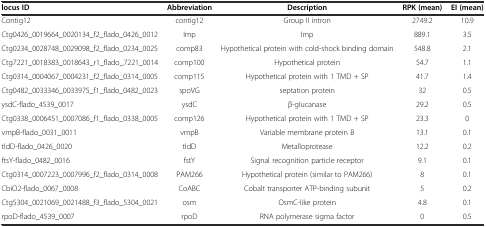
<table><thead><tr><td><b>locus ID</b></td><td><b>Abbreviation</b></td><td><b>Description</b></td><td><b>RPK (mean)</b></td><td><b>EI (mean)</b></td></tr></thead><tbody><tr><td>Contig12</td><td>contig12</td><td>Group II intron</td><td>2749.2</td><td>10.9</td></tr><tr><td>Ctg0426_0019664_0020134_f2_flado_0426_0012</td><td>Imp</td><td>Imp</td><td>889.1</td><td>3.5</td></tr><tr><td>Ctg0234_0028748_0029098_f2_flado_0234_0025</td><td>comp83</td><td>Hypothetical protein with cold-shock binding domain</td><td>548.8</td><td>2.1</td></tr><tr><td>Ctg7221_0018383_0018643_r1_flado_7221_0014</td><td>comp100</td><td>Hypothetical protein</td><td>54.7</td><td>1.1</td></tr><tr><td>Ctg0314_0004067_0004231_f2_flado_0314_0005</td><td>comp115</td><td>Hypothetical protein with 1 TMD + SP</td><td>41.7</td><td>1.4</td></tr><tr><td>Ctg0482_0033346_0033975_f1_flado_0482_0023</td><td>spoVG</td><td>septation protein</td><td>32</td><td>0.5</td></tr><tr><td>ysdC-flado_4539_0017</td><td>ysdC</td><td>β-glucanase</td><td>29.2</td><td>0.5</td></tr><tr><td>Ctg0338_0006451_0007086_f1_flado_0338_0005</td><td>comp126</td><td>Hypothetical protein with 1 TMD + SP</td><td>23.3</td><td>0</td></tr><tr><td>vmpB-flado_0031_0011</td><td>vmpB</td><td>Variable membrane protein B</td><td>13.1</td><td>0.1</td></tr><tr><td>tldD-flado_0426_0020</td><td>tldD</td><td>Metalloprotease</td><td>12.2</td><td>0.2</td></tr><tr><td>ftsY-flado_0482_0016</td><td>fstY</td><td>Signal recognition particle receptor</td><td>9.1</td><td>0.1</td></tr><tr><td>Ctg0314_0007223_0007996_f2_flado_0314_0008</td><td>PAM266</td><td>Hypothetical protein (similar to PAM266)</td><td>8</td><td>0.1</td></tr><tr><td>CbiO2-flado_0067_0008</td><td>CoABC</td><td>Cobalt transporter ATP-binding subunit</td><td>5</td><td>0.2</td></tr><tr><td>Ctg5304_0021069_0021488_f3_flado_5304_0021</td><td>osm</td><td>OsmC-like protein</td><td>4.8</td><td>0.1</td></tr><tr><td>rpoD-flado_4539_0007</td><td>rpoD</td><td>RNA polymerase sigma factor</td><td>0</td><td>0.5</td></tr></tbody></table>